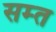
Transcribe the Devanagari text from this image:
सम्त